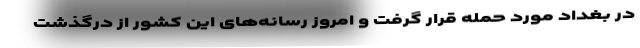
در بغداد مورد حمله قرار گرفت و امروز رسانه‌های این کشور از درگذشت